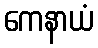
ကေနာယံ